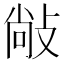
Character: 𰕋